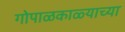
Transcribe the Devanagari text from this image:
गोपाळकाळ्याच्या